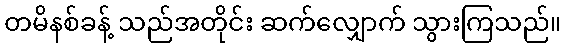
တမိနစ်ခန့် သည်အတိုင်း ဆက်လျှောက် သွားကြသည်။